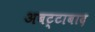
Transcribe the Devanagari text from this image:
अबट्टाबाद